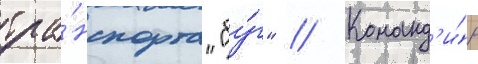
тра́нспорта "бу́г" // Команд'и́р